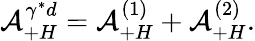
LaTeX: {\cal A}_{+H}^{\gamma^{*}d}={\cal A}_{+H}^{(1)}+{\cal A}_{+H}^{(2)}.